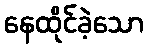
နေထိုင်ခဲ့သော